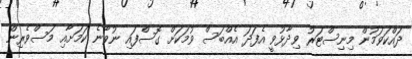
ދައްކަވަމުން މިނިސްޓަރު ވިދާޅުވީ އެފަދަ އެއްބަސް ވުމަކަށް ގޮސްފައި ނުވާނެ ކަމަށާއި މަސްވެރިން